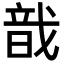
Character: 戠